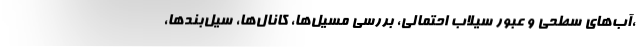
،آب‌های سطحی و عبور سیلاب احتمالی، بررسی مسیل‌ها، کانال‌ها، سیل‌بندها،